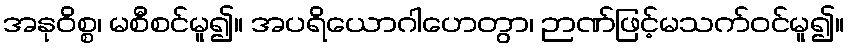
အနုဝိစ္စ၊ မစီစင်မူ၍။ အပရိယောဂါဟေတွာ၊ ဉာဏ်ဖြင့်မသက်ဝင်မူ၍။